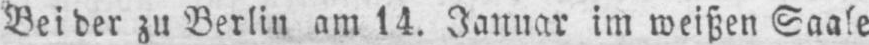
Bei der zu Berlin am 14. Januar im weißen Saale